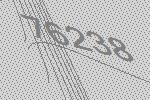
76238